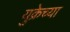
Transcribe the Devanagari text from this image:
युक्रेच्या